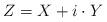
LaTeX: \begin{align*}Z = X + i \cdot Y\end{align*}